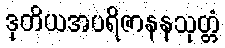
ဒုတိယအပရိဇာနနသုတ္တံ